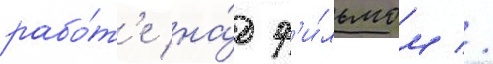
рабо́т'е на́д ф'и́льмом //